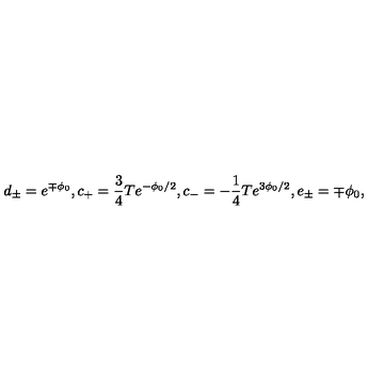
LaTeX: d _ { \pm } = e ^ { \mp \phi _ { 0 } } , c _ { + } = \frac { 3 } { 4 } T e ^ { - \phi _ { 0 } / 2 } , c _ { - } = - \frac { 1 } { 4 } T e ^ { 3 \phi _ { 0 } / 2 } , e _ { \pm } = \mp \phi _ { 0 } ,